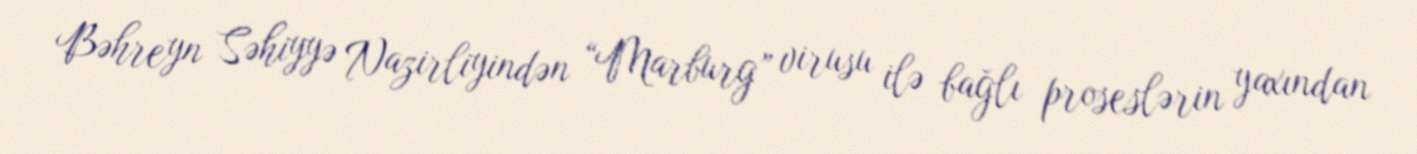
Bəhreyn Səhiyyə Nazirliyindən “Marburg” virusu ilə bağlı proseslərin yaxından